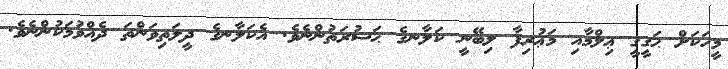
މީހަކަށް ޙަޤީޤީ ޢިލްމާއި މަޢުރިފާ ލިބޭނީ ކަލާނގެ ޙަޟުރަތުންނެވެ. އެކަލާނގެ ދީލަތިވަންތަ ދެއްވުމަކުންނެވެ.